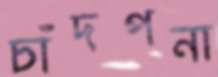
চাঁদপনা